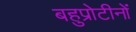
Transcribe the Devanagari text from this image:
बहुप्रोटीनों